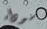
سوداء